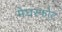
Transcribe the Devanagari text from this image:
मेघस्फोट